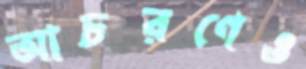
আচরণেও